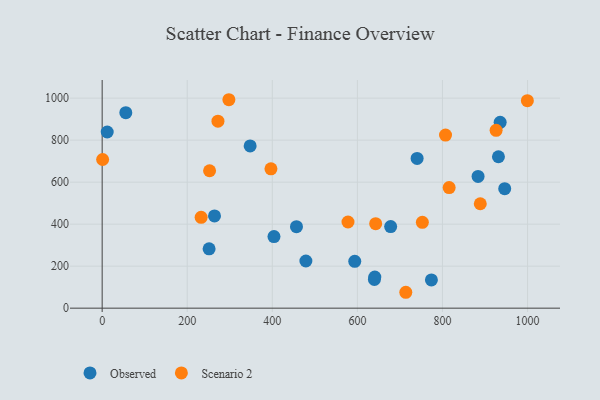
{"axis": {"x": "Distance", "y": "Salary"}, "legend": ["Observed", "Scenario 2"], "data": [{"x": "55.6", "y": 930.7, "type": "Observed"}, {"x": "774.0", "y": 134.7, "type": "Observed"}, {"x": "264.1", "y": 439.0, "type": "Observed"}, {"x": "478.9", "y": 224.5, "type": "Observed"}, {"x": "640.9", "y": 148.4, "type": "Observed"}, {"x": "347.9", "y": 772.5, "type": "Observed"}, {"x": "593.8", "y": 222.9, "type": "Observed"}, {"x": "456.8", "y": 388.0, "type": "Observed"}, {"x": "935.6", "y": 885.0, "type": "Observed"}, {"x": "883.7", "y": 627.4, "type": "Observed"}, {"x": "403.9", "y": 340.8, "type": "Observed"}, {"x": "251.4", "y": 282.4, "type": "Observed"}, {"x": "946.3", "y": 569.2, "type": "Observed"}, {"x": "931.6", "y": 720.9, "type": "Observed"}, {"x": "640.0", "y": 137.0, "type": "Observed"}, {"x": "740.4", "y": 712.9, "type": "Observed"}, {"x": "11.9", "y": 838.9, "type": "Observed"}, {"x": "678.2", "y": 388.6, "type": "Observed"}, {"x": "815.7", "y": 574.1, "type": "Scenario 2"}, {"x": "297.9", "y": 992.5, "type": "Scenario 2"}, {"x": "926.1", "y": 846.8, "type": "Scenario 2"}, {"x": "807.2", "y": 824.2, "type": "Scenario 2"}, {"x": "396.8", "y": 663.4, "type": "Scenario 2"}, {"x": "888.9", "y": 497.2, "type": "Scenario 2"}, {"x": "1.1", "y": 708.0, "type": "Scenario 2"}, {"x": "232.7", "y": 432.7, "type": "Scenario 2"}, {"x": "252.5", "y": 654.4, "type": "Scenario 2"}, {"x": "999.6", "y": 988.1, "type": "Scenario 2"}, {"x": "643.0", "y": 402.2, "type": "Scenario 2"}, {"x": "577.9", "y": 410.2, "type": "Scenario 2"}, {"x": "752.7", "y": 408.8, "type": "Scenario 2"}, {"x": "713.8", "y": 75.7, "type": "Scenario 2"}, {"x": "272.2", "y": 890.6, "type": "Scenario 2"}]}